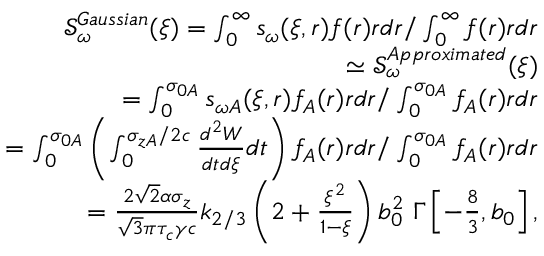
\begin{array} { r l r } & { } & { \mathcal { S } _ { \omega } ^ { G a u s s i a n } ( \xi ) = \int _ { 0 } ^ { \infty } s _ { \omega } ( \xi , r ) f ( r ) r d r / \int _ { 0 } ^ { \infty } f ( r ) r d r } \\ & { } & { \simeq \mathcal { S } _ { \omega } ^ { A p p r o x i m a t e d } ( \xi ) } \\ & { } & { = \int _ { 0 } ^ { \sigma _ { 0 A } } s _ { \omega A } ( \xi , r ) f _ { A } ( r ) r d r / \int _ { 0 } ^ { \sigma _ { 0 A } } f _ { A } ( r ) r d r } \\ & { } & { = \int _ { 0 } ^ { \sigma _ { 0 A } } \left( \int _ { 0 } ^ { \sigma _ { z A } / 2 c } \frac { d ^ { 2 } W } { d t d \xi } d t \right) f _ { A } ( r ) r d r / \int _ { 0 } ^ { \sigma _ { 0 A } } f _ { A } ( r ) r d r } \\ & { } & { = \frac { 2 \sqrt { 2 } \alpha \sigma _ { z } } { \sqrt { 3 } \pi \tau _ { c } \gamma c } k _ { 2 / 3 } \left( 2 + \frac { \xi ^ { 2 } } { 1 - \xi } \right) b _ { 0 } ^ { 2 } \ \Gamma \left[ - \frac { 8 } { 3 } , b _ { 0 } \right] , } \end{array}